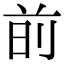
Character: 𫝐